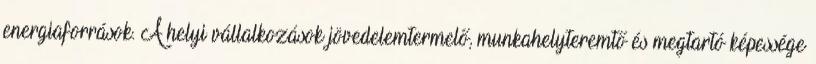
energiaforrások. A helyi vállalkozások jövedelemtermelő, munkahelyteremtő és megtartó képessége